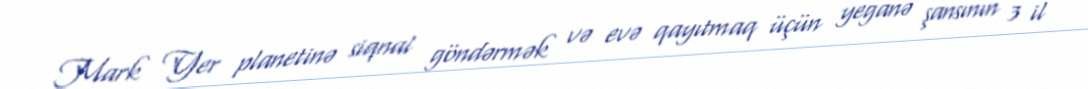
Mark Yer planetinə siqnal göndərmək və evə qayıtmaq üçün yeganə şansının 3 il